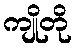
ကျိုတို